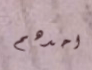
احدهم